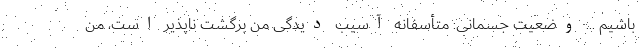
باشیم ... وضعیت جسمانی: متأسفانه آسیب دیدگی من برگشت ناپذیر است، من